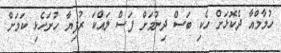
ހުމާމްއާ ދެކޮޅަށް ހެކި ބަސް ދިނުމަށް ފަސް ލައްކަ ރުފިޔާ ހުށަހެޅި ކަމަށް